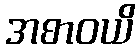
အစာဝယိ